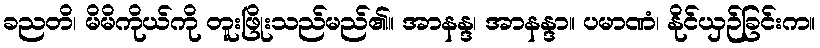
ခညတိ၊ မိမိကိုယ်ကို တူးဖြိုးသည်မည်၏။ အာနန္ဒ၊ အာနန္ဒာ။ ပမာဏံ၊ နိုင်ယှဉ်ခြင်းက။